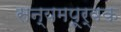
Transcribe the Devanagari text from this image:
सन्यमपूर्वक